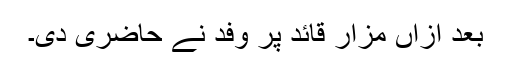
بعد ازاں مزار قائد پر وفد نے حاضری دی۔